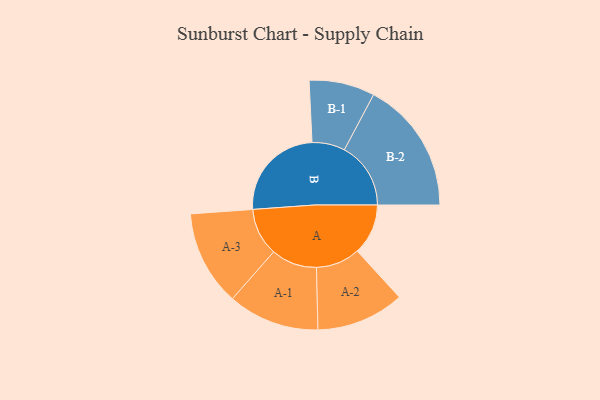
{"axis": {"x": "Segment", "y": "Value"}, "legend": ["", "A", "B"], "data": [{"x": "A", "y": 209, "type": ""}, {"x": "B", "y": 402, "type": ""}, {"x": "A-1", "y": 188, "type": "A"}, {"x": "A-2", "y": 181, "type": "A"}, {"x": "A-3", "y": 196, "type": "A"}, {"x": "B-1", "y": 135, "type": "B"}, {"x": "B-2", "y": 273, "type": "B"}]}